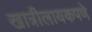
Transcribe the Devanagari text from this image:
खात्रीलायकपणे